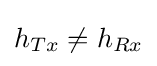
h_{Tx}\neq {h_{Rx}}